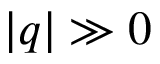
| q | \gg 0